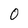
Character: 0